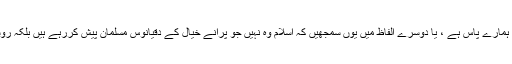
اس کے بالمقابل ایسے نظریات پیش کرنا ہے جس سے ظاہر ہو کہ امن اسلام میں نہیں ہے بلکہ ہمارے پاس ہے ، یا دوسرے الفاظ میں یوں سمجھیں کہ اسلام وہ نہیں جو پرانے خیال کے دقیانوس مسلمان پیش کررہے ہیں بلکہ روشن خیالی، بین الاقوامی امن وسلامتی ،عالمی مراسم وروابط اور اصل اسلام تو ہمارے پاس ہے ۔